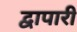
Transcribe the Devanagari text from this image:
द्वापारी